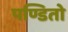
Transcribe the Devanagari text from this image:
पण्डितो